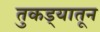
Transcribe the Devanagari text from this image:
तुकड्यातून